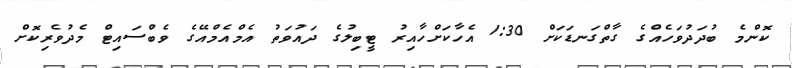
ކޮންމެ ބުދަދުވަހެއްގެ ގާތްގަނޑަކަށް 1:30 އެހާކަށްހާއިރު ޓީބިލުގެ ދައުވަތު އެމްއެމްއޭގެ ވެބްސައިޓް މެދުވެރިކޮށް